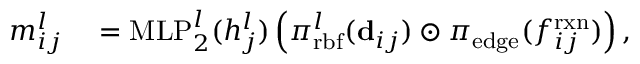
\begin{array} { r l } { m _ { i j } ^ { l } } & { { } = \mathrm { M L P } _ { 2 } ^ { l } ( h _ { j } ^ { l } ) \left( \pi _ { \mathrm { r b f } } ^ { l } ( \mathbf { d } _ { i j } ) \odot \pi _ { \mathrm { e d g e } } ( f _ { i j } ^ { \mathrm { r x n } } ) \right) , } \end{array}